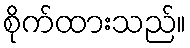
စိုက်ထားသည်။